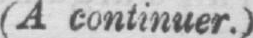
(A continuer.)